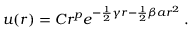
u ( r ) = C r ^ { p } e ^ { - { \frac { 1 } { 2 } } \gamma r - { \frac { 1 } { 2 } } \beta a r ^ { 2 } } \, .